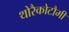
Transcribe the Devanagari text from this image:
थोरैकोटौमी